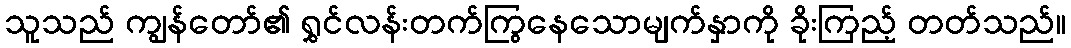
သူသည် ကျွန်တော်၏ ရွှင်လန်းတက်ကြွနေသောမျက်နှာကို ခိုးကြည့် တတ်သည်။